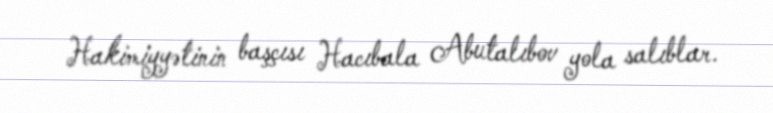
Hakimiyyətinin başçısı Hacıbala Abutalıbov yola salıblar.